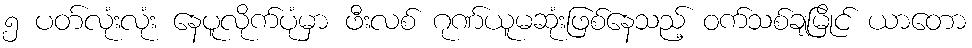
၅ ပတ်လုံးလုံး နေပူလိုက်ပုံမှာ ဖီးလစ် ဂုဏ်ယူမဆုံးဖြစ်နေသည့် ဝက်သစ်ချမြိုင် ယာတော